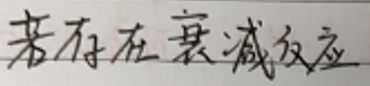
若存在衰减反应